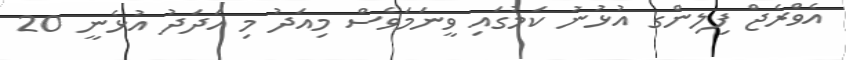
އެވްރެޖް ފިލިންގ އުޅުނު ކަމުގައި ވީނަމަވެސް މިއަދު މި އަދަދު އުޅެނީ 20